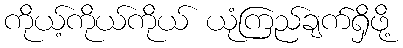
ကိုယ့်ကိုယ်ကိုယ် ယုံကြည်ချက်ရှိဖို့